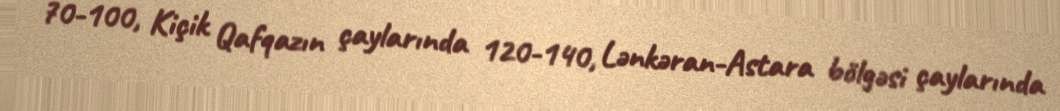
70-100, Kiçik Qafqazın çaylarında 120-140, Lənkəran-Astara bölgəsi çaylarında